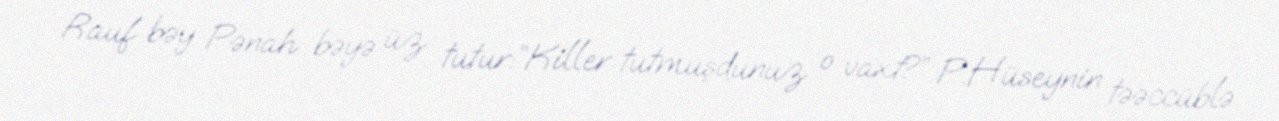
Rauf bəy Pənah bəyə üz tutur:“Killer tutmuşdunuz o vaxt?” P.Hüseynin təəccüblə